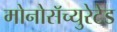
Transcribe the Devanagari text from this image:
मोनोसॅच्युरेटेड